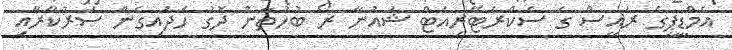
އެމްޑީޕީގެ ރައީީސް ގެ ސެކްރެޓޭރިއަޓް ޝައުނާ ރޯ ބުހުތާނު ދޮގު ހަދައިގެން ސަރުކާރާއި